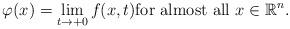
LaTeX: \begin{align*}\varphi(x)=\lim\limits_{t \to +0}f(x,t) \hbox{for almost all } x \in \mathbb{R}^{n}.\end{align*}